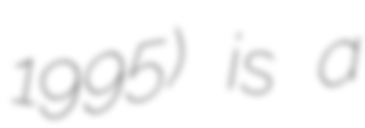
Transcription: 1995) is a